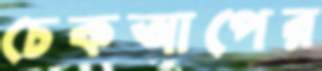
চেকআপের